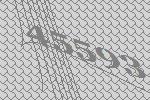
45593